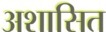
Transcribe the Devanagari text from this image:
अशासित